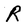
Character: R